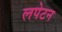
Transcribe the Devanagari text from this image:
लपेटन